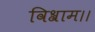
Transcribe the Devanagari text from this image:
विश्राम।।